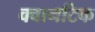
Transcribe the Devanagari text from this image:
क्वानटिक